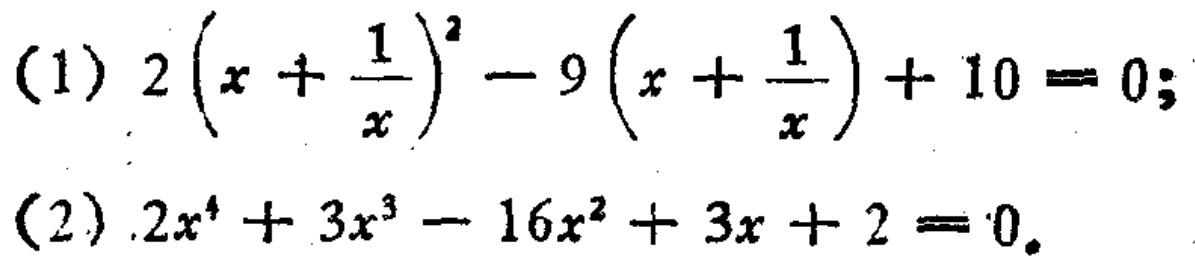
(1) \(2\left(x + \frac{1}{x}\right)^{2}-9\left(x + \frac{1}{x}\right)+10 = 0\);
(2) \(2x^{4}+3x^{3}-16x^{2}+3x + 2 = 0\)